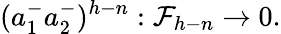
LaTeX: (a_{1}^{-}a_{2}^{-})^{h-n}:{\cal F}_{h-n}\rightarrow 0.